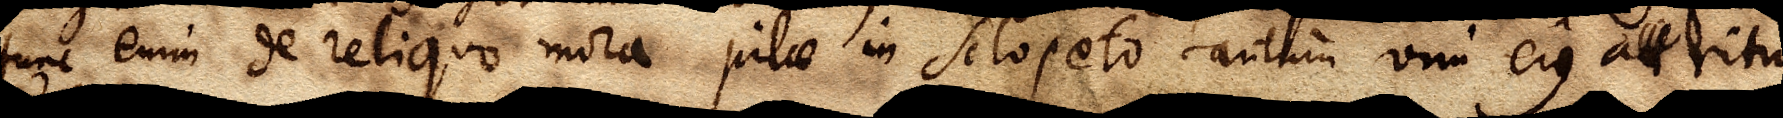
est, tunc enim de reliquo mora pilae in Sclopeto tantum vim ejus attritu